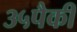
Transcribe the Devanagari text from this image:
३५पैकी